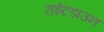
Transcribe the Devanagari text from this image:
राईटडाउन